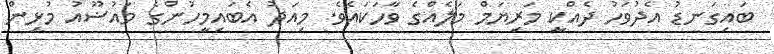
ބައިގަނޑު އެދުވަހު ދެއްކީ މަރިޔަމް މަލެއްގެ ވާހަކައެވެ. މިއަދު އެބައިމީހުންގެ މައުޟޫއު މުޅިން